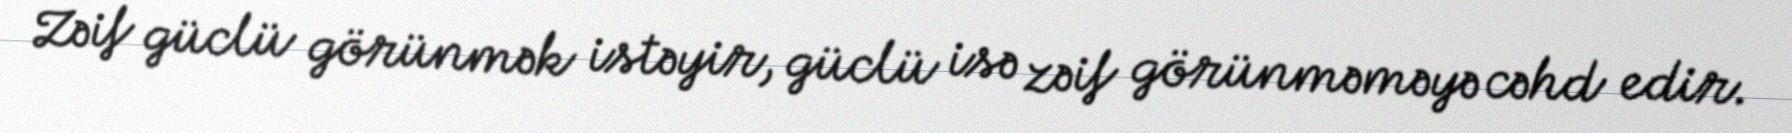
Zəif güclü görünmək istəyir, güclü isə zəif görünməməyə cəhd edir.